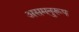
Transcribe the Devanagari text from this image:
असमनुरूप